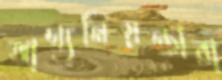
ভাগ্যনিয়ন্তারা